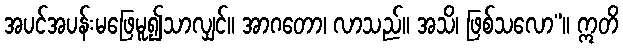
အပင်အပန်းမဖြေမူ၍သာလျှင်။ အာဂတော၊ လာသည်။ အသိ၊ ဖြစ်သလော”။ ဣတိ